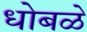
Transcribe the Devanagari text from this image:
धोबळे